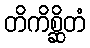
တိကိစ္ဆိတံ